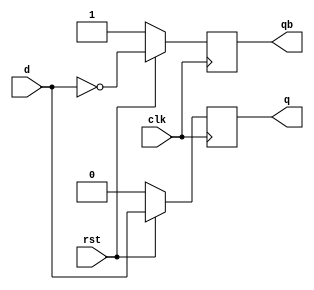
`timescale 1ns / 1ps


module DFF(d,clk,rst,q,qb);
	input d,clk,rst;
	output reg q,qb;
	always@(posedge clk)
	begin
		if (!rst) begin
			q = 0;
			qb = 1;
		end
		else begin
			q = d;
			qb = ~d;
		end
	end
endmodule